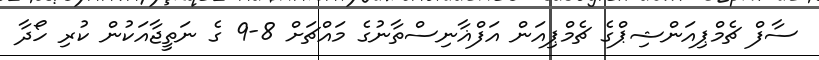
ސާފް ޗެމްޕިއަންޝިޕްގެ ޗެމްޕިއަން އަފްޣާނިސްތާނުގެ މައްޗަށް 8-9 ގެ ނަތީޖާއަކުން ކުރި ހޯދާ